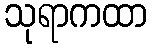
သုရာကထာ